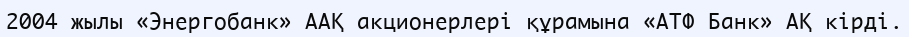
2004 жылы «Энергобанк» ААҚ акционерлері құрамына «АТФ Банк» АҚ кірді.